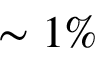
{ \sim 1 \% }